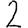
Digit: 2